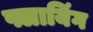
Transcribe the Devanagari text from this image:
फ्लायिंग